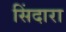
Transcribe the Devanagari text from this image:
सिंदारा